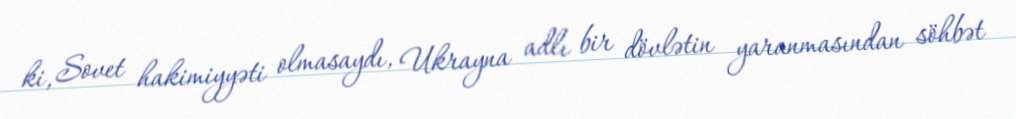
ki, Sovet hakimiyyəti olmasaydı, Ukrayna adlı bir dövlətin yaranmasından söhbət